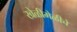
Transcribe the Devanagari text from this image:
खेळीमेळीचे